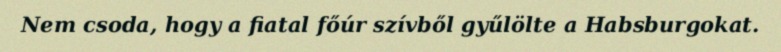
Nem csoda, hogy a fiatal főúr szívből gyűlölte a Habsburgokat.